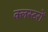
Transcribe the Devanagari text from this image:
क्लस्टरों